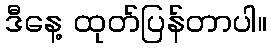
ဒီနေ့ ထုတ်ပြန်တာပါ။